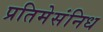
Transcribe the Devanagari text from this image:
प्रतिमेसंनिध